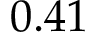
0 . 4 1